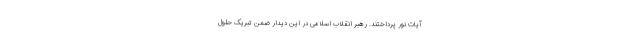
آیات نور پرداختند. رهبر انقلاب اسلامی در این دیدار ضمن تبریک حلول